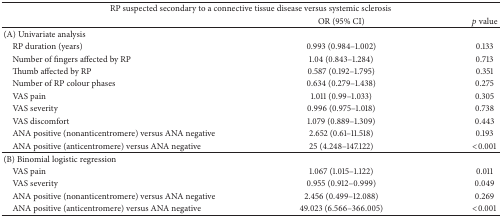
<table><thead><tr><td colspan="3"><b>RP suspected secondary to a connective tissue disease versus systemic sclerosis </b></td></tr><tr><td><b> </b></td><td><b>OR (95% CI)</b></td><td><b><i>p</i> value</b></td></tr></thead><tbody><tr><td>(A) Univariate analysis</td><td> </td><td> </td></tr><tr><td> RP duration (years)</td><td>0.993 (0.984–1.002)</td><td>0.133</td></tr><tr><td> Number of fingers affected by RP</td><td>1.04 (0.843–1.284)</td><td>0.713</td></tr><tr><td> Thumb affected by RP</td><td>0.587 (0.192–1.795)</td><td>0.351</td></tr><tr><td> Number of RP colour phases</td><td>0.634 (0.279–1.438)</td><td>0.275</td></tr><tr><td> VAS pain</td><td>1.011 (0.99–1.033)</td><td>0.305</td></tr><tr><td> VAS severity</td><td>0.996 (0.975–1.018)</td><td>0.738</td></tr><tr><td> VAS discomfort</td><td>1.079 (0.889–1.309)</td><td>0.443</td></tr><tr><td> ANA positive (nonanticentromere) versus ANA negative</td><td>2.652 (0.61–11.518)</td><td>0.193</td></tr><tr><td> ANA positive (anticentromere) versus ANA negative</td><td>25 (4.248–147.122)</td><td>&lt;0.001</td></tr><tr><td>(B) Binomial logistic regression</td><td> </td><td> </td></tr><tr><td> VAS pain</td><td>1.067 (1.015–1.122)</td><td>0.011</td></tr><tr><td> VAS severity</td><td>0.955 (0.912–0.999)</td><td>0.049</td></tr><tr><td> ANA positive (nonanticentromere) versus ANA negative</td><td>2.456 (0.499–12.088) </td><td>0.269</td></tr><tr><td> ANA positive (anticentromere) versus ANA negative</td><td>49.023 (6.566–366.005)</td><td> &lt;0.001</td></tr></tbody></table>